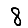
Digit: 8